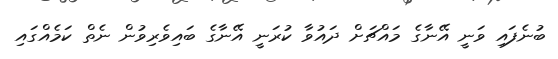
ބުނެފައި ވަނީ އޭނާގެ މައްޗަށް ދައުވާ ކުރަނީ އޭނާގެ ބައިވެރިވުން ނެތް ކަމެއްގައި